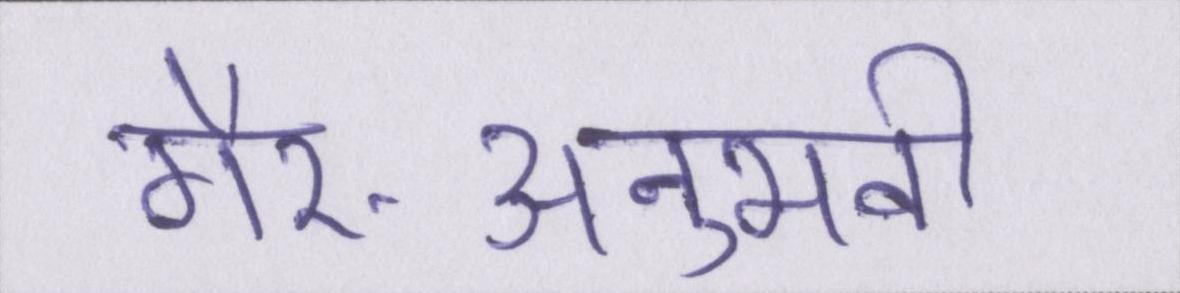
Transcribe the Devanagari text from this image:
गैर-अनुभवी